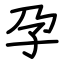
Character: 孕